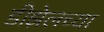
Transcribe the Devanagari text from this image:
डीझेलच्या